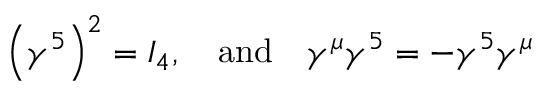
\left( \gamma ^ { 5 } \right) ^ { 2 } = I _ { 4 } , \quad \mathrm { a n d } \quad \gamma ^ { \mu } \gamma ^ { 5 } = - \gamma ^ { 5 } \gamma ^ { \mu }